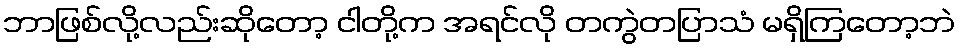
ဘာဖြစ်လို့လည်းဆိုတော့ ငါတို့က အရင်လို တကွဲတပြာသံ မရှိကြတော့ဘဲ